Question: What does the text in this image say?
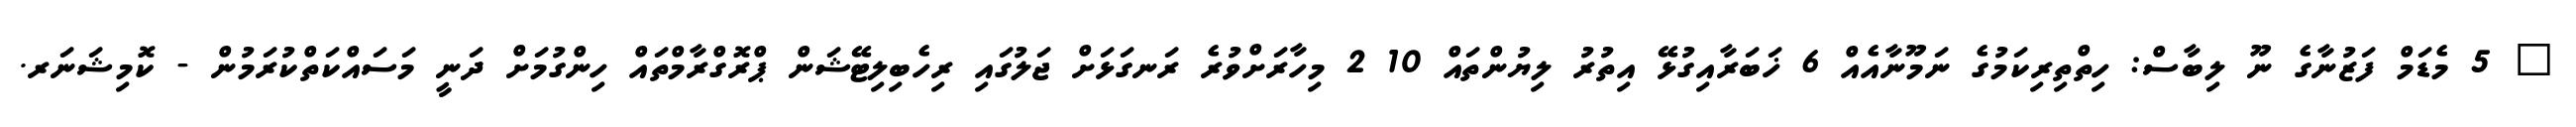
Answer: " 5 މެޑަމް ފަޒުނާގެ ނޫ ލިބާސް: ހިތްތިރިކަމުގެ ނަމޫނާއެއް 6 ޚަބަރާއިގުޅޭ އިތުރު ލިޔުންތައް 10 2 މިހާރަށްވުރެ ރަނގަޅަށް ޖަލުގައި ރިހެބިލިޓޭޝަން ޕްރޮގްރާމްތައް ހިންގުމަށް ދަނީ މަސައްކަތްކުރަމުން - ކޮމިޝަނަރ.